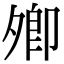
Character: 𡖖